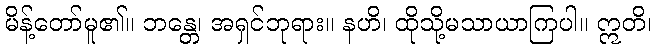
မိန့်တော်မူ၏။ ဘန္တေ၊ အရှင်ဘုရား။ နဟိ၊ ထိုသို့မသာယာကြပါ။ ဣတိ၊